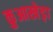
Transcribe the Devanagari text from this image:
कुआखेड़ा